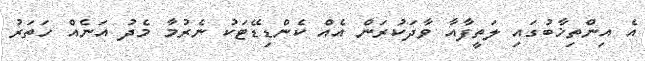
އެ އިންތިޚާބުގައި ލަތީފާއާ ވާދަކުރަން އެއް ކެންޑިޑޭޓަކު ނެރުމާ މެދު އަނެއް ހަތަރު